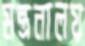
মন্ত্রনালয়